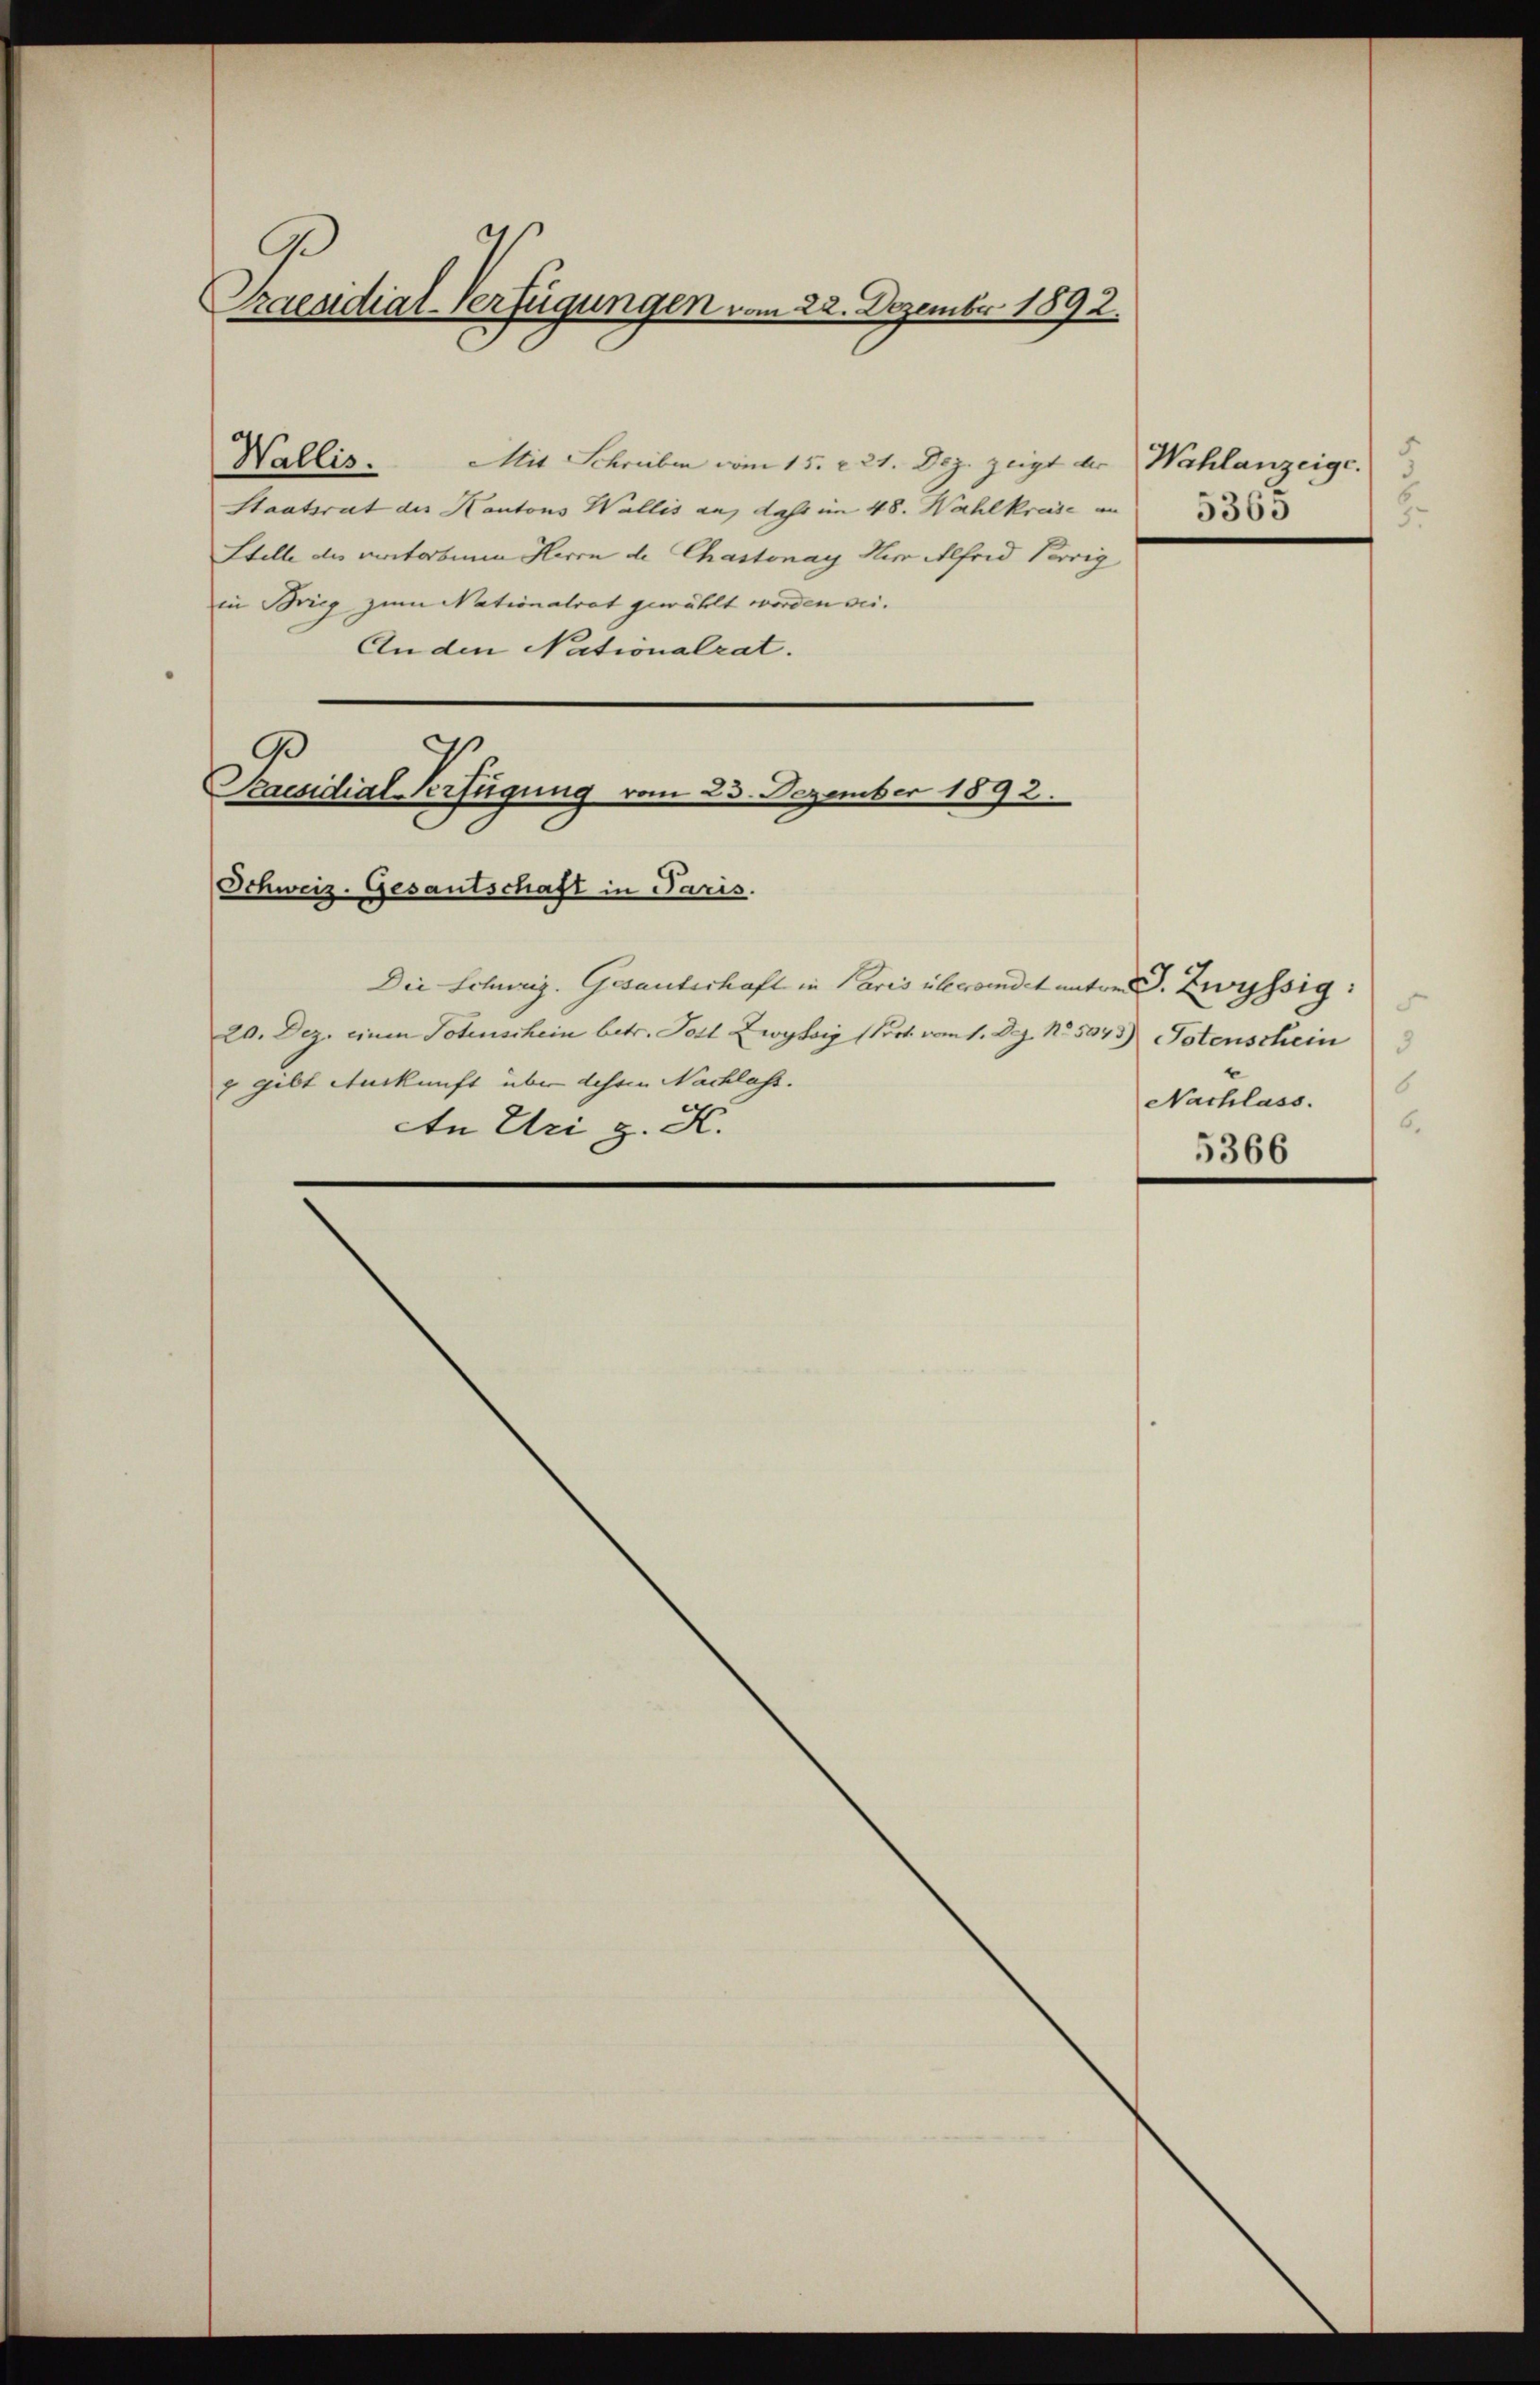
4
Praendial-Verfügungen vom 22. Dezember 1892.

Wallis. Mit Schreiben vom 15. 221. Dez. zeigt der
Staatsrat des Kantons Wallis an, dass im 48. Wahlkreise an
Stelle des votorben Herrn de Chastonay Herr Alfrid Vorrig
in Brieg zum Nationalrat gewählt worden sei.
Anden Nationalrat.

G.
Praesidial-Verfügung vom 25. Dezember 1892.

Schweiz. Gesantschaft in Paris.
Die Schweiz. Gesanterhaft in Paris überwindet unter J. Zwyssig:
20. Dez. einen Totenschein betr. Post Zwyssig (Port vom 1. Dez. No 5943) Totenschein
 gibt Auskunft über dessen Nachlass.
An Uri g. H.

5
Wahlanzeige.
5363

5
6
Nachlass.

5366